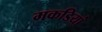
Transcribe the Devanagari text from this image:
मकडियां